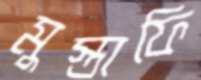
মুস্তাফি